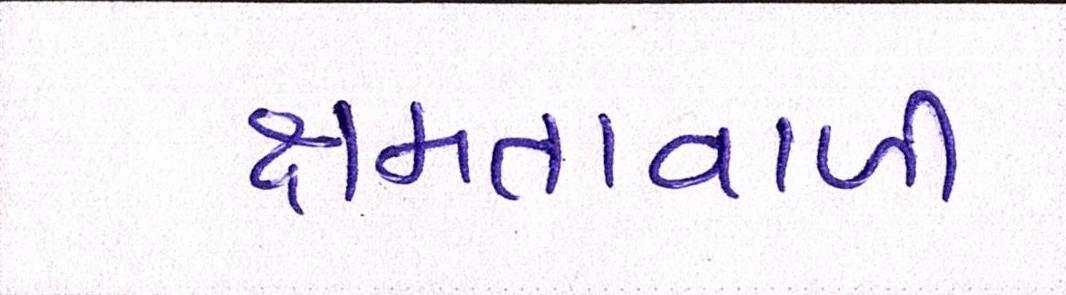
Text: ક્ષમતાવાળી